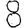
Digit: 8